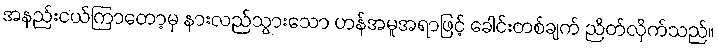
အနည်းငယ်ကြာတော့မှ နားလည်သွားသော ဟန်အမူအရာဖြင့် ခေါင်းတစ်ချက် ညိတ်လိုက်သည်။